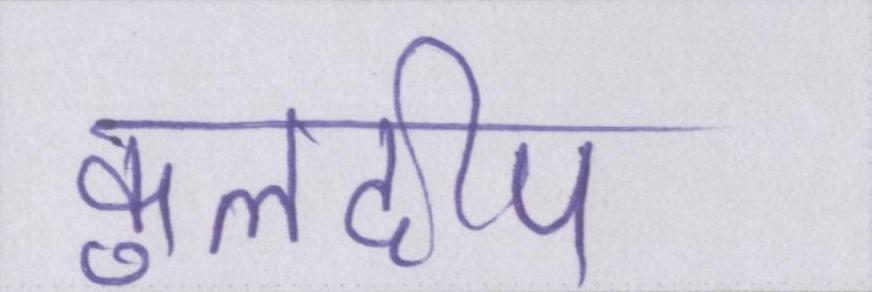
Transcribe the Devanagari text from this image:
कुलदीप